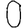
Digit: 0